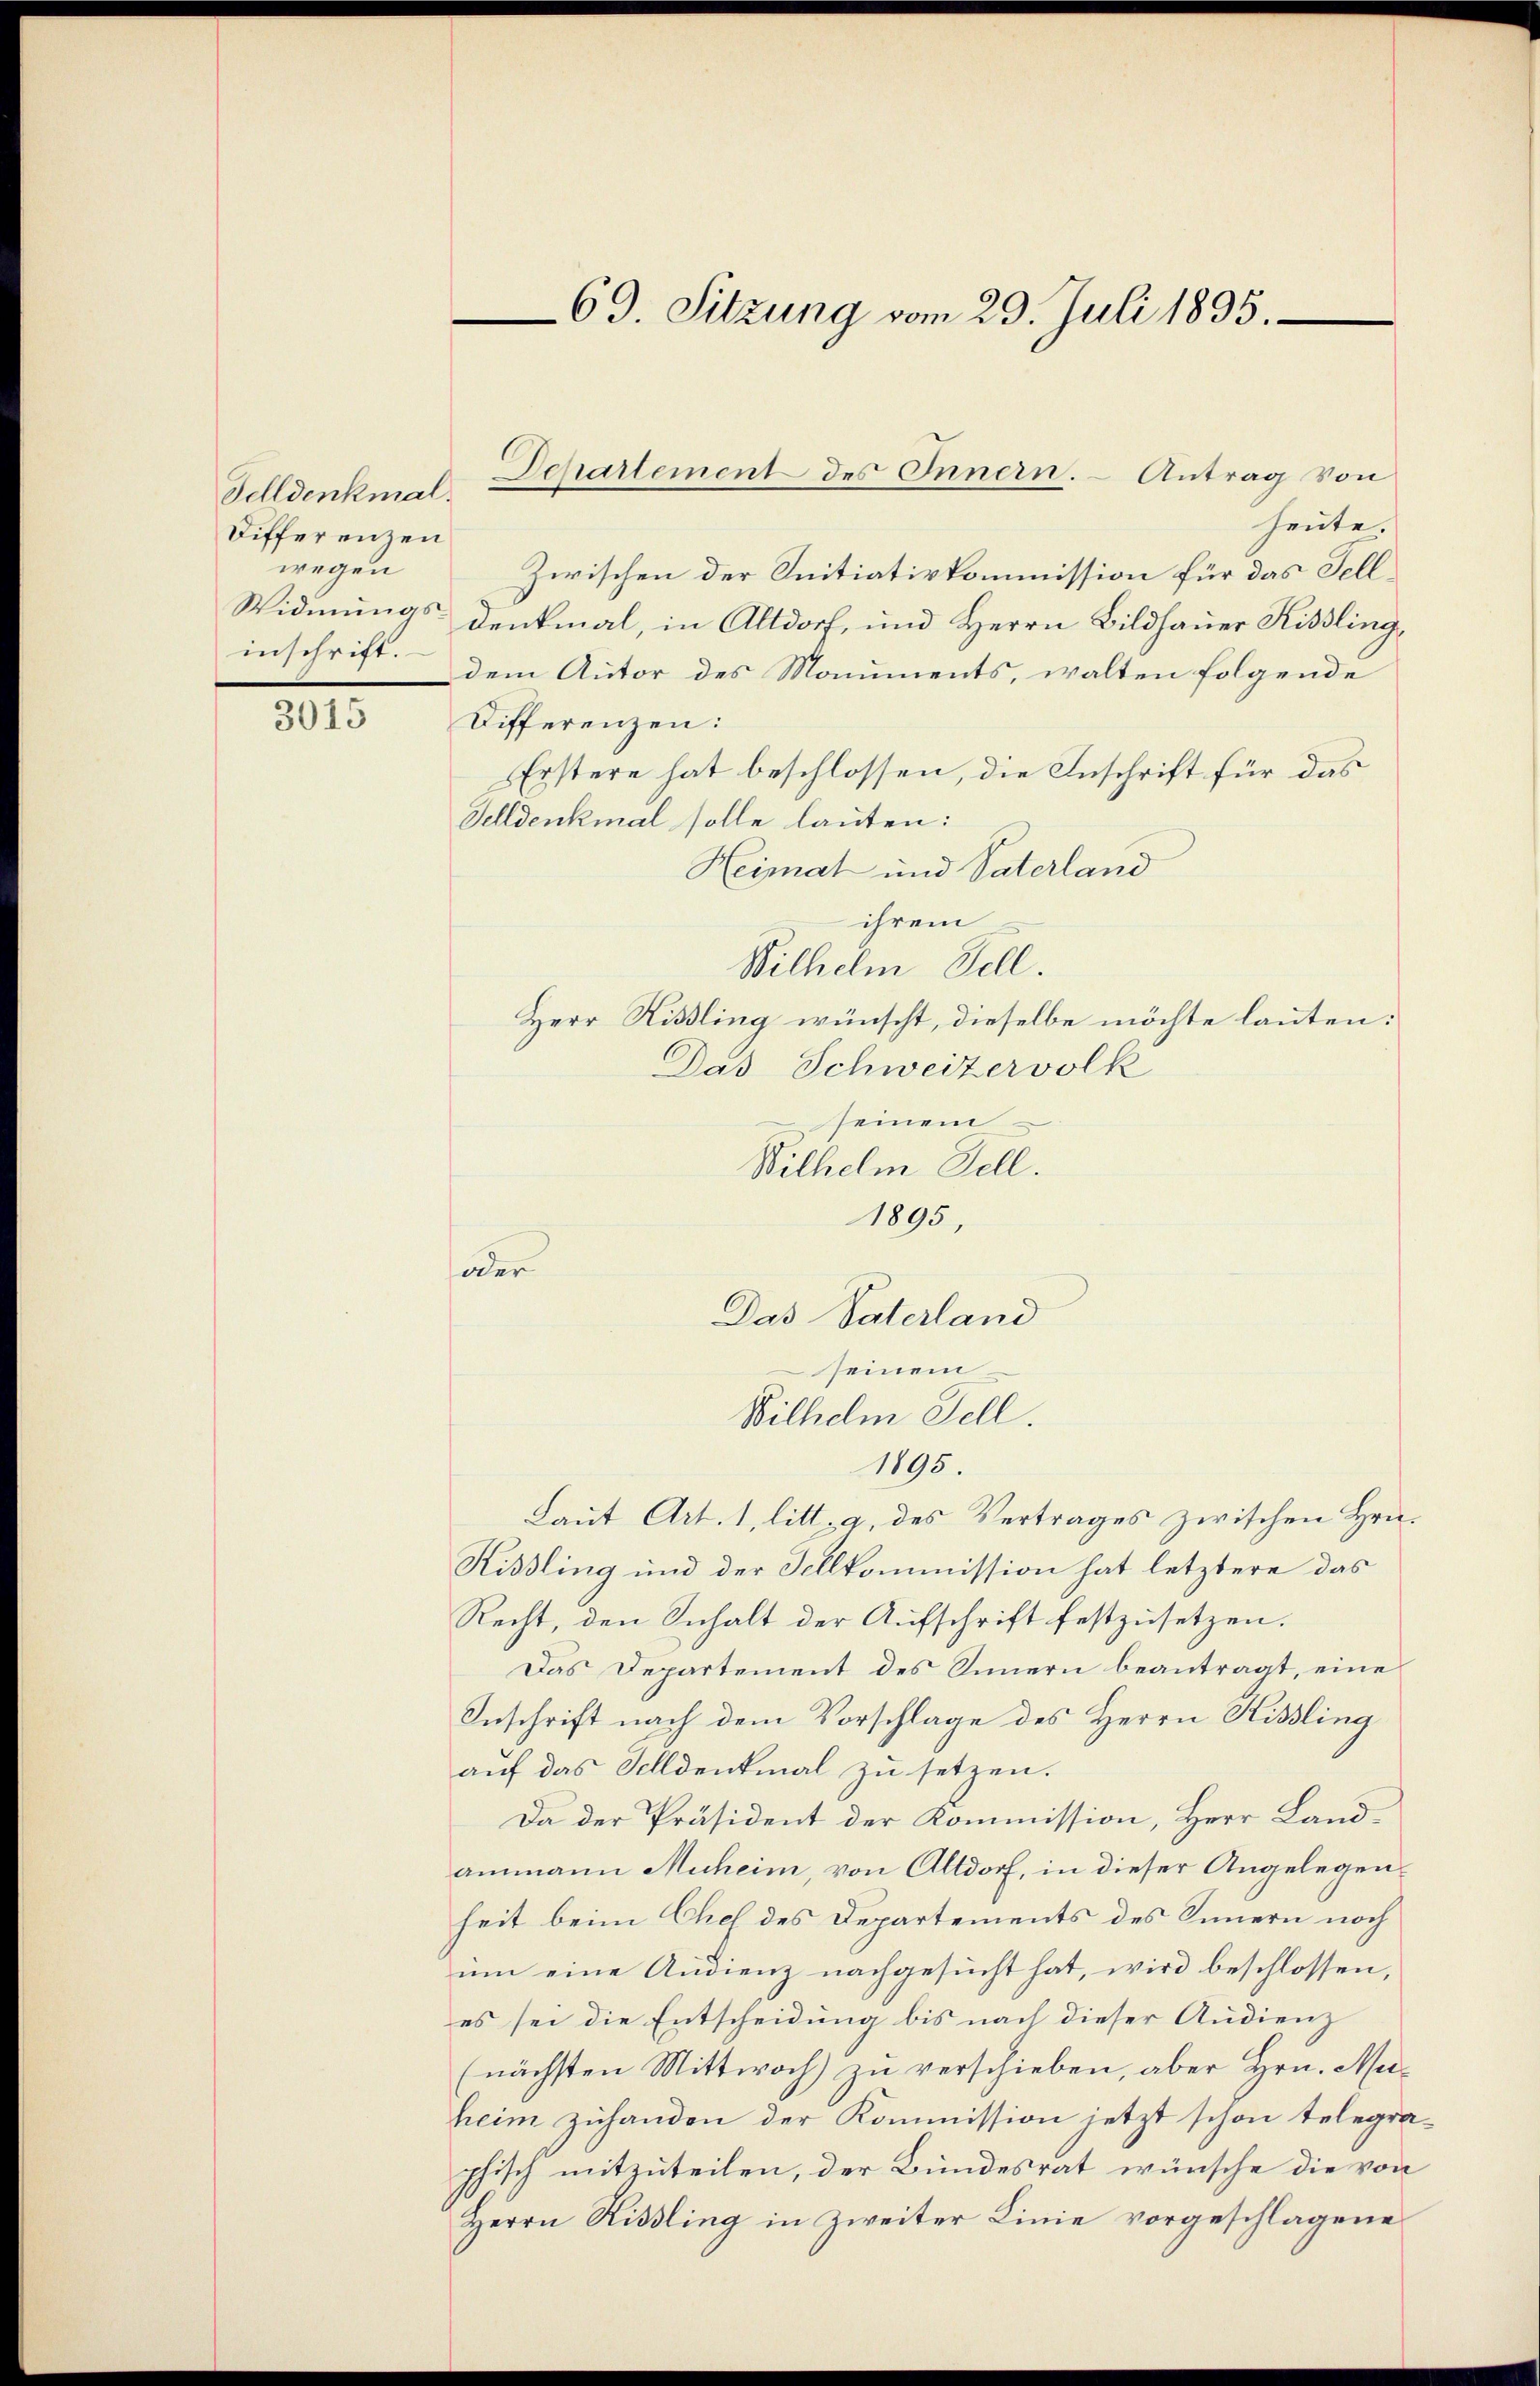
Felldenkmal.
Differenzen
wegen
Widmungs-
inschrift.

3015

69. Sitzung vom 29. Juli 1895.

heute.
Zwischen der Initiativkommission für das Fell
Denkmal, in Altdorf, und Herrn Bildhauer Kisslingdem Autor des Monuments, walten folgende
Differenzen:
Erstere hat beschlossen, die Anschrift für das
Felldenkmal solle lauten:
Heimat und Vaterland
ihrem
Wilhelm Fell.
Herr Hissling wünscht, dieselbe möchte lauten:
Das Schweizervolk
seinem
Bilhelm Fell.
1895,
oder
seinem
Wilhelm Fell.
1195.
Laut Art. 1, litt. g, des Vertrages zwischen Hrn.
Kissling und der Tellkommission hat letztere das
Recht, den Inhalt der Aufschrift festzusetzen.
Das Departement des Innern beantragt, eine
Inschrift nach dem Vorschlage des Herrn Kissling
auf das Sohldenkmal zu setzen.
Da der Präsident der Kommission, Herr Landammann Muheim, von Altdorf, in dieser Angelegenheit beim Chef des Departements des Innern noch
um eine Audienz nachgesucht hat, wird beschlossen,
es sei die Entscheidung bis nach dieser Audienz
(nächsten Mittwoch) zu verschieben, aber Hrn. Muheim zuhanden der Kommission jetzt schon telegraphisch mitzuteilen, der Bundesrat wünsche die von
Herrn Rissling in Zweiter Linie vorgeschlagene

Departement des Innern. Antrag von

Das Vaterland